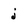
Character: j